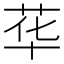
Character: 𱽣